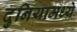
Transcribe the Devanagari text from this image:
दुनियामध्ये